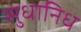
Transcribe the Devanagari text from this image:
सुधानिध